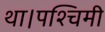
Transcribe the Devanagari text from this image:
था।पश्चिमी